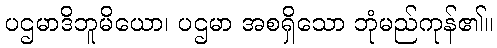
ပဌမာဒိဘူမိယော၊ ပဌမာ အစရှိသော ဘုံမည်ကုန်၏။